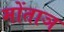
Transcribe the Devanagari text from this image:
मोंताञ